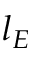
l _ { E }